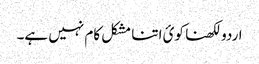
اردو لکھنا کوئ اتنا مشکل کام نہیں ہے۔